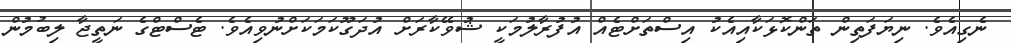
ނެގިއެވެ. ނިޔަފަތިން ތަންކޮޅަކާއިއެކު އިސްތަށްޓެއް އުފުރާލުމަކީ ޝުވޭކާރަށް އުދަގޫކަމަކަށްނުވިއެވެ. ޓެސްޓްގެ ނަތީޖާ ލިބުމުން